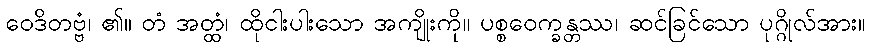
ဝေဒိတဗ္ဗံ၊ ၏။ တံ အတ္ထံ၊ ထိုငါးပါးသော အကျိုးကို။ ပစ္စဝေက္ခန္တဿ၊ ဆင်ခြင်သော ပုဂ္ဂိုလ်အား။